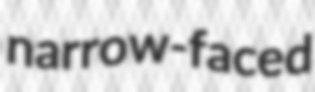
narrow-faced